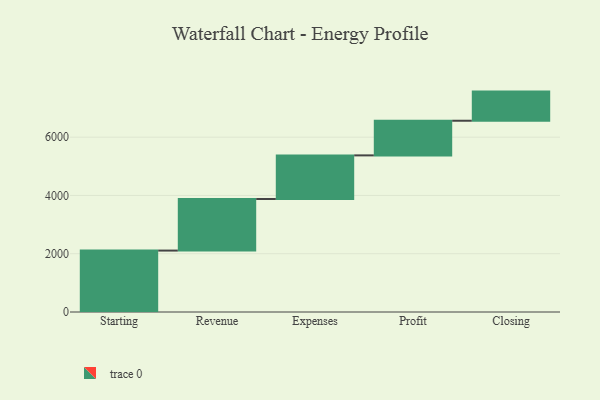
{"axis": {"x": "Step", "y": "Value"}, "legend": [""], "data": [{"x": "Starting", "y": 2108.0, "type": ""}, {"x": "Revenue", "y": 1770.0, "type": ""}, {"x": "Expenses", "y": 1497.0, "type": ""}, {"x": "Profit", "y": 1189.0, "type": ""}, {"x": "Closing", "y": 1000, "type": ""}]}